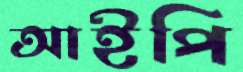
আইপি